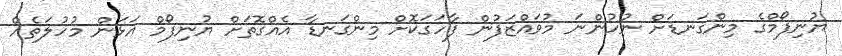
ޔުނިފޯމްގެ މިންގަނޑަށް ނުހުންނަ މުވައްޒަފުން ފާހަގަކޮށް މިންގަނޑާ އެއްގޮތަށް ޔުނިފޯމް އަޅަން މުހުލަތެއް